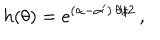
h ( \theta ) = e ^ { ( \alpha - \alpha ^ { \prime } ) \, \theta / 2 } \, ,